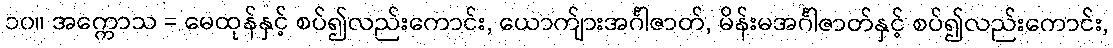
၁၀။ အက္ကောသ = မေထုန်နှင့် စပ်၍လည်းကောင်း, ယောက်ျားအင်္ဂါဇာတ်, မိန်းမအင်္ဂါဇာတ်နှင့် စပ်၍လည်းကောင်း,